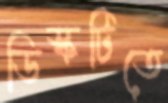
ডিস্কটিতে